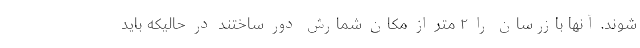
شوند. آنها بازرسان را ۲ متر از مکان شمارش دور ساختند در حالیکه باید